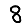
Digit: 8